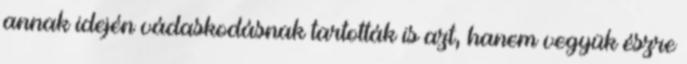
annak idején vádaskodásnak tartották is azt, hanem vegyük észre